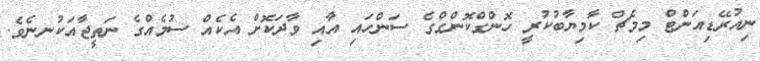
ނިއުރޭޑިއަންޓް މިމެޗް ކާމިޔާބުކުރީ ހޮންގްކޮންގްގެ ސަންހައި އާއި ވާދަކޮށް އެކެއް ސުމެއްގެ ނަތީޖާއަކުނނެވެ.